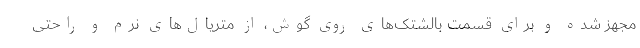
مجهز شده و برای قسمت بالشتک‌های روی گوش، از متریال‌های نرم و راحتی